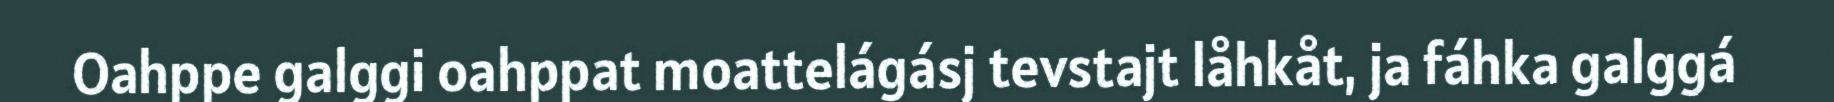
Oahppe galggi oahppat moattelágásj tevstajt låhkåt, ja fáhka galggá